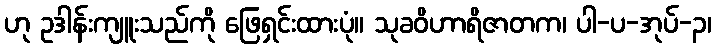
ဟု ဥဒါန်းကျူးသည်ကို ဖြေရှင်းထားပုံ။ သုခဝိဟာရိဇာတက၊ ပါ-ပ-အုပ်-၃၊